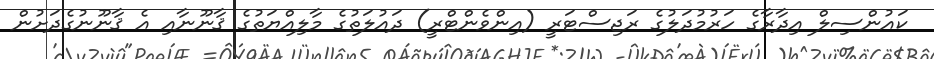
ކައުންސިލް އިދާރާގެ ހަރުމުދަލުގެ ރަޖިސްޓަރީ (އިންވެންޓްރީ) ދައުލަތުގެ މާލިއްޔަތުގެ ޤާނޫނާއި އެ ޤާނޫނުގެދަށުން